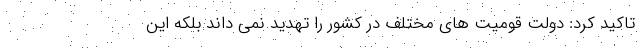
تاکید کرد: دولت قومیت های مختلف در کشور را تهدید نمی داند بلکه این